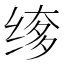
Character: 𬘲